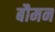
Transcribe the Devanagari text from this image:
बौमन